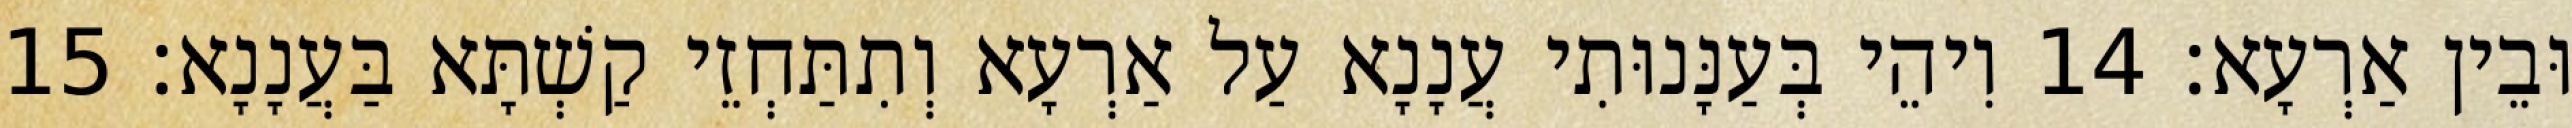
וּבֵין אַרְעָא׃ 14 וִיהֵי בְּעַנָּנוּתִי עֲנָנָא עַל אַרְעָא וְתִתַּחְזֵי קַשְׁתָּא בַּעֲנָנָא׃ 15